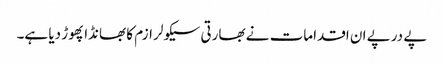
پے درپے ان اقدامات نے بھارتی سیکولر ازم کا بھانڈا پھوڑ دیا ہے۔